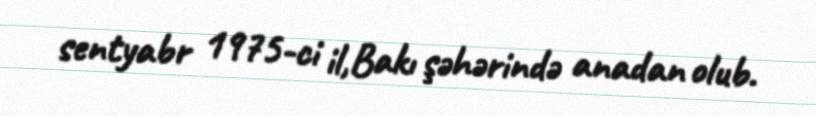
sentyabr 1975-ci il,Bakı şəhərində anadan olub.